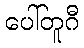
ပေါ်တူဂီ